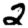
Digit: 2